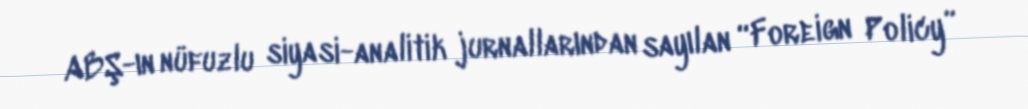
ABŞ-ın nüfuzlu siyasi-analitik jurnallarından sayılan “Foreign Policy”